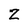
Character: Z